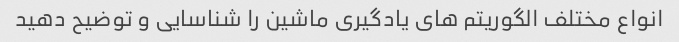
انواع مختلف الگوریتم های یادگیری ماشین را شناسایی و توضیح دهید